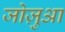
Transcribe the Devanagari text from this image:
जोज़ुआ